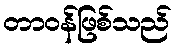
တာဝန်ဖြစ်သည်